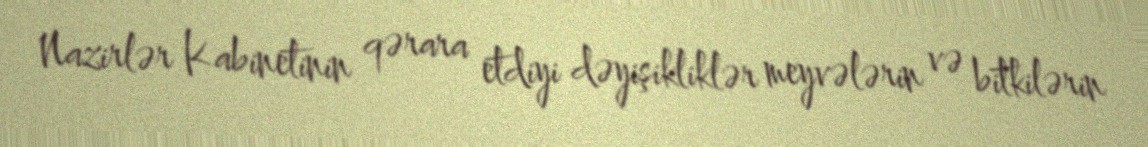
Nazirlər Kabinetinin qərara etdiyi dəyişikliklər meyvələrin və bitkilərin